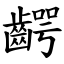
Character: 齶